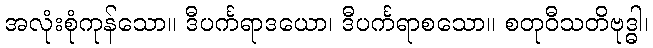
အလုံးစုံကုန်သော။ ဒီပင်္ကရာဒယော၊ ဒီပင်္ကရာစသော။ စတုဝီသတိဗုဒ္ဓါ၊